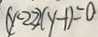
( y - 2 2 ) ( y - 1 ) = 0